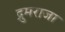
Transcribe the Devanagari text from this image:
द्रुमराजा